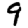
Digit: 9